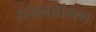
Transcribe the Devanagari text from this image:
शयनप्रांगण